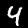
Digit: 4